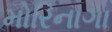
મોરિનાગા